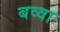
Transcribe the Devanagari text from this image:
बव्वा